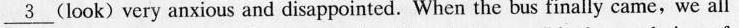
\underline{3} (look)very anxious and disappointed. When the bus finally came, we all.